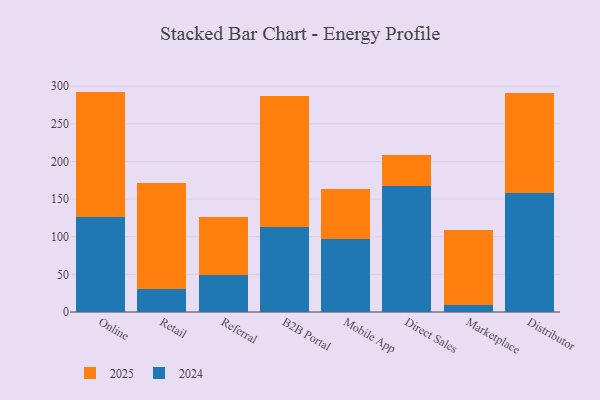
{"axis": {"x": "Channel", "y": "Page Views"}, "legend": ["2024", "2025"], "data": [{"x": "Online", "y": 167.0, "type": "2025"}, {"x": "Online", "y": 125.8, "type": "2024"}, {"x": "Retail", "y": 140.1, "type": "2025"}, {"x": "Retail", "y": 31.2, "type": "2024"}, {"x": "Referral", "y": 77.9, "type": "2025"}, {"x": "Referral", "y": 48.7, "type": "2024"}, {"x": "B2B Portal", "y": 174.7, "type": "2025"}, {"x": "B2B Portal", "y": 112.8, "type": "2024"}, {"x": "Mobile App", "y": 66.9, "type": "2025"}, {"x": "Mobile App", "y": 97.1, "type": "2024"}, {"x": "Direct Sales", "y": 40.5, "type": "2025"}, {"x": "Direct Sales", "y": 167.9, "type": "2024"}, {"x": "Marketplace", "y": 99.6, "type": "2025"}, {"x": "Marketplace", "y": 9.6, "type": "2024"}, {"x": "Distributor", "y": 133.2, "type": "2025"}, {"x": "Distributor", "y": 157.8, "type": "2024"}]}